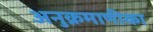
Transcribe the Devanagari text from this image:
अनुक्रमाणीका